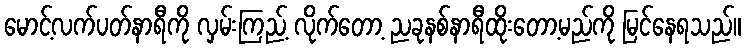
မောင့်လက်ပတ်နာရီကို လှမ်းကြည့် လိုက်တော့ ညခုနစ်နာရီထိုးတော့မည်ကို မြင်နေရသည်။